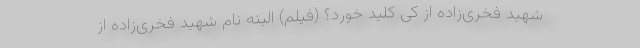
شهید فخری‌زاده از کی کلید خورد؟ (فیلم) البته نام شهید فخری‌زاده از